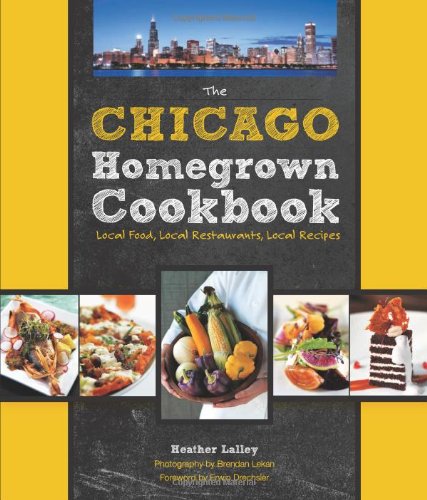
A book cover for The Chicago Homegrown Cookbook: Local Food, Local Restaurants, Local Recipes (Homegrown Cookbooks); Heather Lalley; Cookbooks, Food & Wine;